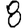
Digit: 8